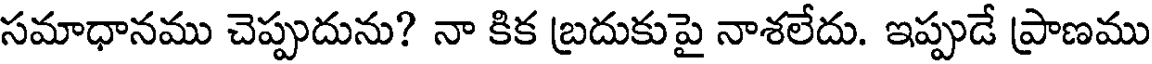
సమాధానము చెప్పుదును? నా కిక బ్రదుకుపై నాశలేదు. ఇప్పుడే ప్రాణము